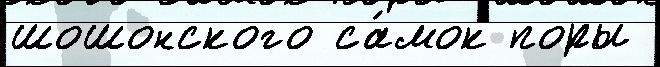
шошонского са́мок поры